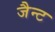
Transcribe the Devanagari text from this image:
जैन्ट